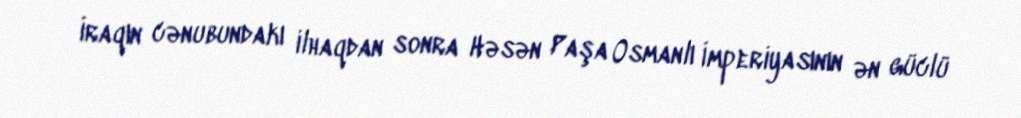
İraqın cənubundakı ilhaqdan sonra Həsən Paşa Osmanlı İmperiyasının ən güclü